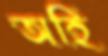
অহি